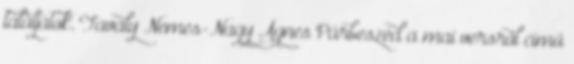
találjátok. Tavaly Nemes-Nagy Ágnes Párbeszéd a mai versről című